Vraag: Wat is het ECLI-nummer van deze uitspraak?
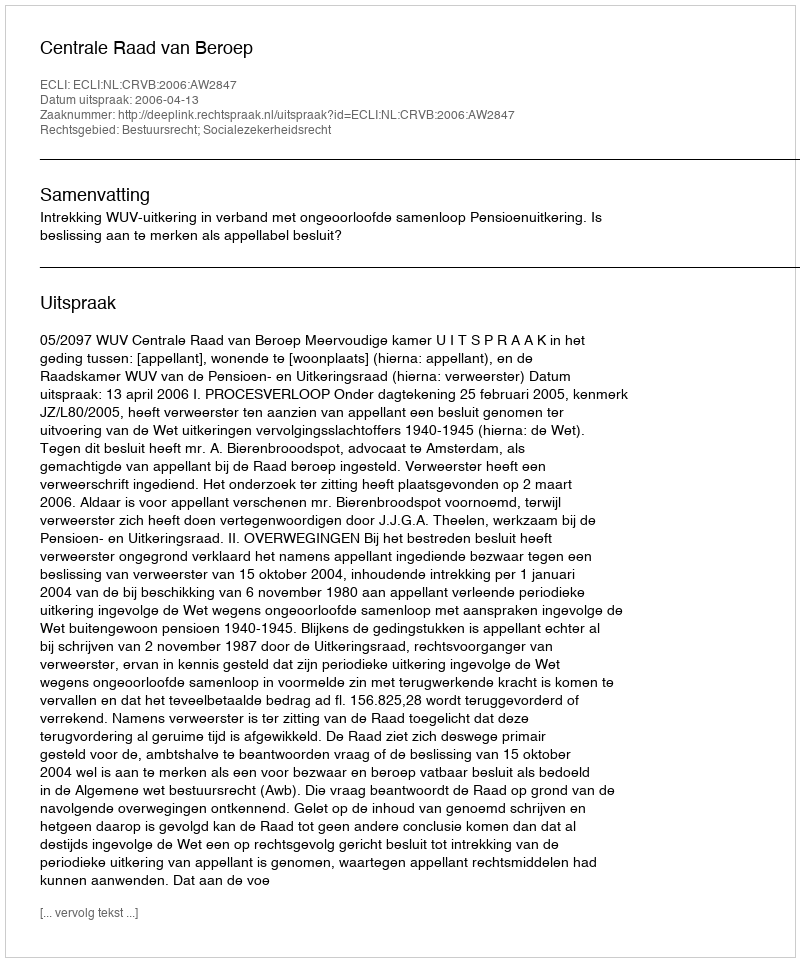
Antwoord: ECLI:NL:CRVB:2006:AW2847